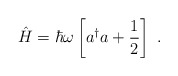
\begin{align*}\hat{H}=\hbar\omega\left[a^\dagger a+\frac{1}{2}\right]\ .\end{align*}